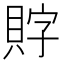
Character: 𲂯